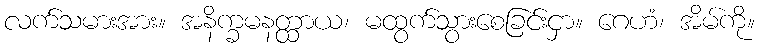
လက်သမားအား။ အနိက္ခမနတ္ထာယ၊ မထွက်သွားစေခြင်းငှာ။ ဂေဟံ၊ အိမ်ကို။